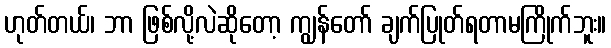
ဟုတ်တယ်၊ ဘာ ဖြစ်လို့လဲဆိုတော့ ကျွန်တော် ချက်ပြုတ်ရတာမကြိုက်ဘူး။